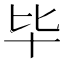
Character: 毕